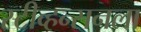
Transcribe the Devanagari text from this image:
स्टीव्हन्सनला